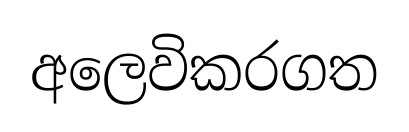
අලෙවිකරගත